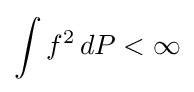
\int f^{2}\,dP<\infty